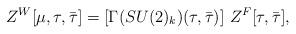
LaTeX: \begin{align*}Z^{W}[\mu,\tau, \bar{\tau}]=[\Gamma(SU(2)_k)(\tau, {\bar\tau})]~Z^F[\tau, {\bar \tau}],\end{align*}